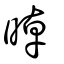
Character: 晫